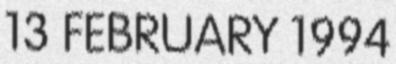
13 FEBRUARY 1994